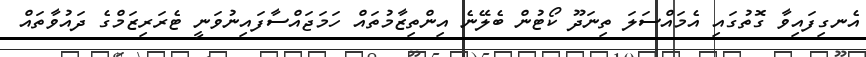
އެނގިފައިވާ ގޮތުގައި އެމައްސަލަ ތިނަދޫ ކޯޓުން ބެލޭނެ އިންތިޒާމުތައް ހަމަޖައްސާފައިނުވަނީ ޓެރަރިޒަމްގެ ދައުވާތައް